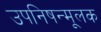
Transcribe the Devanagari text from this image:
उपनिषन्मूलक